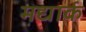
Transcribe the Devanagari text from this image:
मद्यार्क